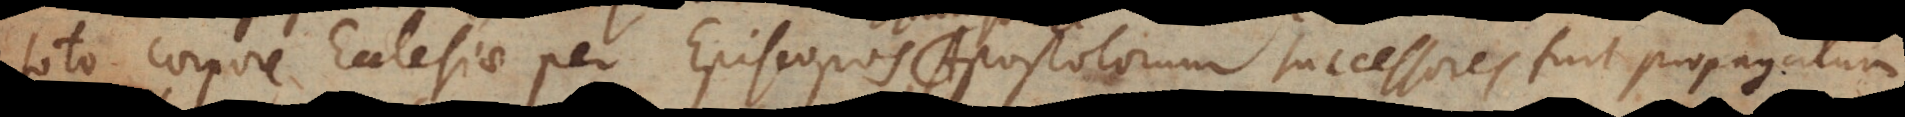
to corpore Ecclesiae per Episcopos Apostolorum successores fuit propagatum.